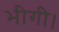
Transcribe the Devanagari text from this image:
भीगी।